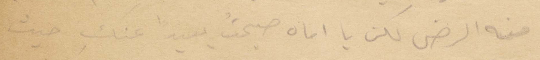
منه الرضى لكن يا اماه صبحت بعيدًا عند حيث